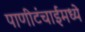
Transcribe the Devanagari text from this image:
पाणीटंचाईमध्ये